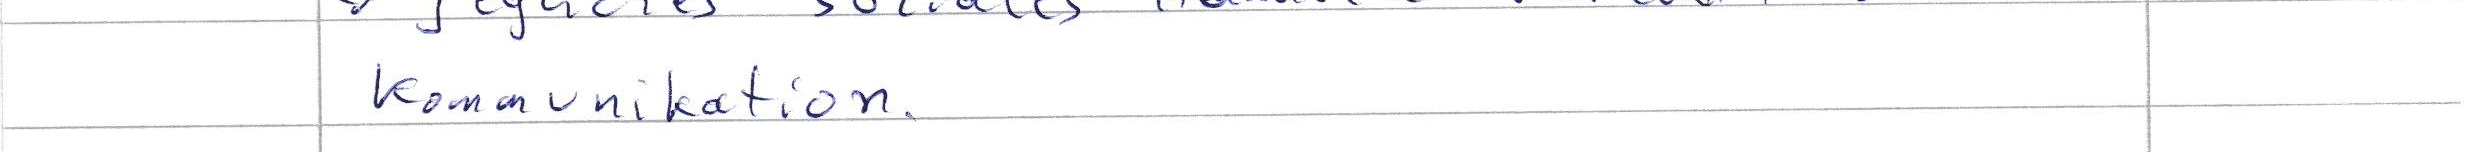
Kommunikation.